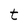
Character: t